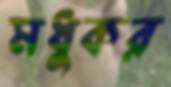
মধুকর